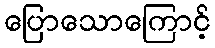
ပြောသောကြောင့်